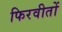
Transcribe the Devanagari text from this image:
फिरवीतों